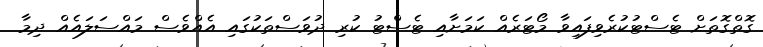
ގޮތްގޮތަށް ޓެސްޓުކުރެވިފައިވާ މޯޓަރެއް ކަމަށާއި ޓެސްޓު ކުރި ދުވަސްތަކުގައި އެއްވެސް މައްސަލައެއް ދިމާ